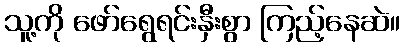
သူ့ကို ဖော်ရွေရင်းနှီးစွာ ကြည့်နေဆဲ။